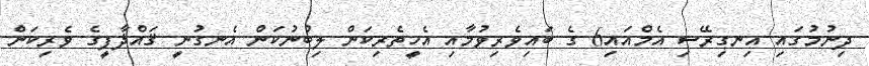
ދިނުމުގައި އިނގިރޭސި އެމްއައި6 ގެ ބައިވެރިވުމާއި އެހީތެރިކަން ލިބުނުކަން އެނގުނީ ޤައްޛާފީގެ ވެރިކަން